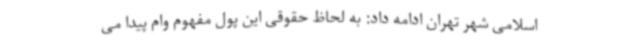
اسلامی شهر تهران ادامه داد: به لحاظ حقوقی این پول مفهوم وام پیدا می